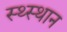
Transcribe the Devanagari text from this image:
स्‍थ्‍स्थान